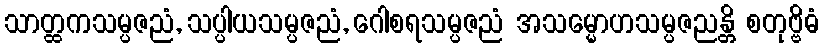
သာတ္ထကသမ္ပဇညံ, သပ္ပါယသမ္ပဇညံ, ဂေါစရသမ္ပဇညံ အသမ္မောဟသမ္ပဇညန္တိ စတုဗ္ဗိဓံ